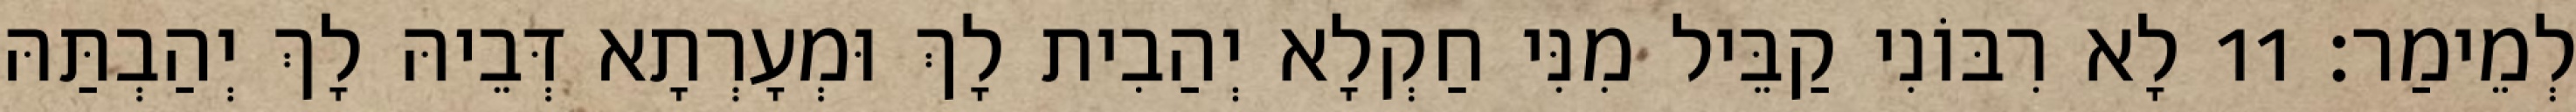
לְמֵימַר׃ 11 לָא רִבּוֹנִי קַבֵּיל מִנִּי חַקְלָא יְהַבִית לָךְ וּמְעָרְתָא דְּבֵיהּ לָךְ יְהַבְתַּהּ